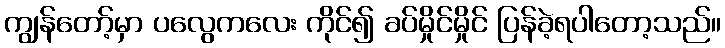
ကျွန်တော့်မှာ ပလွေကလေး ကိုင်၍ ခပ်မှိုင်မှိုင် ပြန်ခဲ့ရပါတော့သည်။